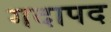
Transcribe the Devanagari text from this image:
गदापद